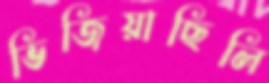
ভিজিয়াছিলি